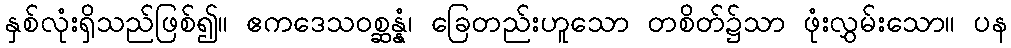
နှစ်လုံးရှိသည်ဖြစ်၍။ ဧကဒေသဝစ္ဆန္နံ၊ ခြေတည်းဟူသော တစိတ်၌သာ ဖုံးလွှမ်းသော။ ပန